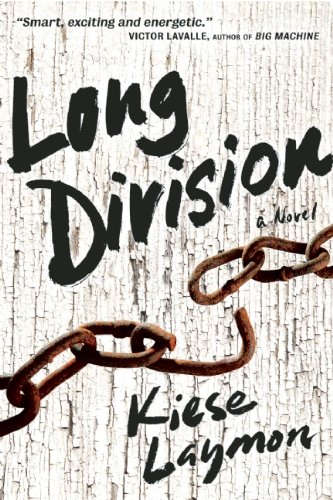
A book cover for Long Division; Kiese Laymon; Literature & Fiction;